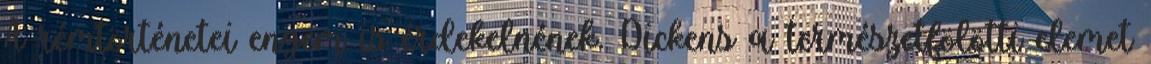
A rémtörténetei engem is érdekelnének. Dickens a természetfölötti elemet